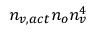
n _ { v , a c t } n _ { o } n _ { v } ^ { 4 }